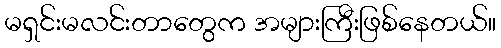
မရှင်းမလင်းတာတွေက အများကြီးဖြစ်နေတယ်။